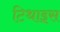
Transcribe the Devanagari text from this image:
टिथाइस